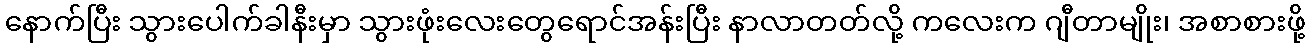
နောက်ပြီး သွားပေါက်ခါနီးမှာ သွားဖုံးလေးတွေရောင်အန်းပြီး နာလာတတ်လို့ ကလေးက ဂျီတာမျိုး၊ အစာစားဖို့